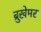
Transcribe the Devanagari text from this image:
ब्रुखेमर